Civil Veterinary Department Bihar & Orissa reports 1929-36 - 1929-1936
Year: 1929
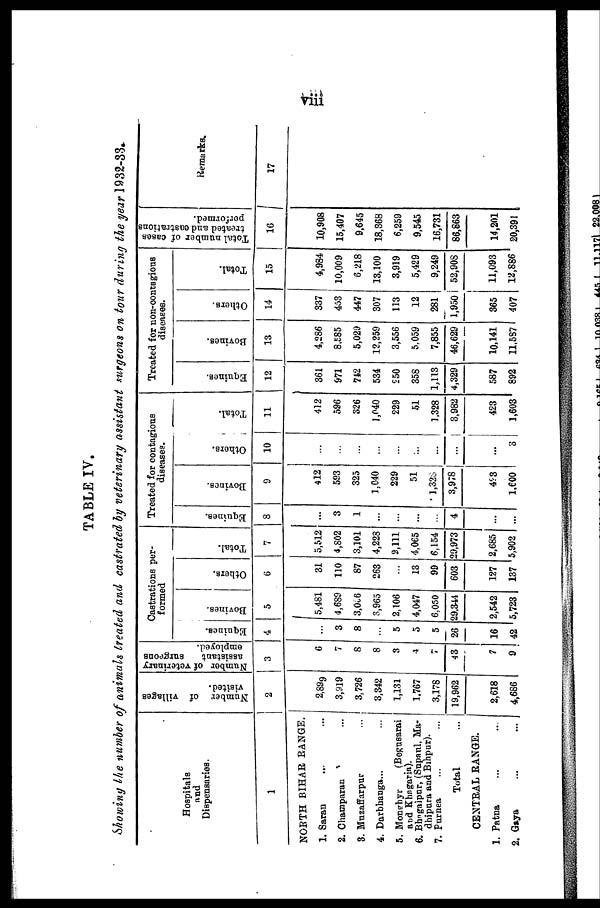
viii
TABLE IV.
Showing the number of animals treated and castrated by veterinary assistant surgeons on tour during the year l932-33
Hospitals
and
Dispensaries.
1
NORTH BIHAR RANGE.
1. Saran ... ...
2. Champaran ...
3. Mnzaffarpur ...
4. Darbhanga ...
5. Monghyr (Begusarai
and Khngaria).
6. Bhngalpur, (Supaul, Ma-
dhipura and Bihpar).
7. Purnea ... ...
Total ...
CENTEAL RANGE.
1. Patna ... ...
2. Gaya ... ...
Number of villages
visited.
2
2,899
3,919
3,726
3,342
1,131
1,767
3,178
19,962
2,618
4,686
Number of veterinary
assistant
surgeons
employed.
3
6
7
8
8
3
4
7
43
7
9
Castrations per-
formed
Equines.
4
...
3
8
...
5
5
5
26
16
42
Bovines.
5
5,481
4,689
3,066
3,965
2,106
4,047
6,050
29,344
2,542
5,723
Others.
6
31
110
87
263
13
99
603
127
137
Total.
7
5,512
4,802
3,101
4,228
2,111
4,065
6,154
29,973
2,685
5,902
Treated for contagious
diseases.
Equines.
8
...
3
1
...
...
...
...
4
...
...
Bovines.
9
412
593
325
1,040
229
51
1,328
3,978
453
1,600
Others.
10
...
...
...
...
...
...
...
...
...
8
Total.
11
412
596
326
1,040
229
51
1,328
3,982
423
1,603
Treated for non-contagious
diseases.
Equines.
12
361
971
742
534
250
358
1,113
4,329
587
892
Bovines.
13
4,286
8,585
5,029
12,259
3,556
5,059
7,855
46,629
10,141
11,587
Others,
14
337
453
447
307
113
12
281
1,950
365
407
Total.
15
4,984
10,009
6,218
13,100
3,919
5,429
9,249
52.908
11,093
12,886
Total number of cases
treated and castrations
performed.
16
10,908
15,407
9,645
18,368
6,259
9,545
16,731
86,863
14,201
20,391
Remarks.
17